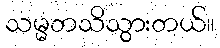
သမ္မတသိသွားတယ်။